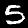
Digit: 5